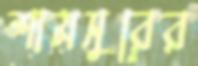
শামসুরের